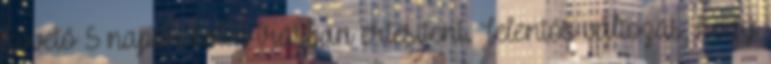
követő 5 napon belül írásban értesíteni. Jelentős változás, hogy